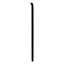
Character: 丨